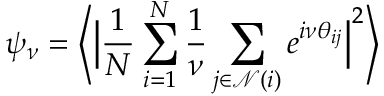
\psi _ { \nu } = \Biggl \langle \Big | \frac { 1 } { N } \sum _ { i = 1 } ^ { N } \frac { 1 } { { \nu } } \sum _ { j \in \mathcal { N } ( i ) } e ^ { i { \nu } \theta _ { i j } } \Big | ^ { 2 } \Biggr \rangle